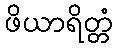
ဖိယာရိတ္တံ